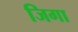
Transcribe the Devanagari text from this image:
जिगा